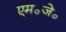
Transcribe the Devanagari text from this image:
एम॰जे॰